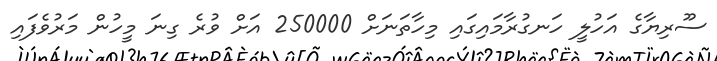
ސޫރިޔާގެ އަހުލީ ހަނގުރާމައިގައި މިހާތަނަށް 250000 އަށް ވުރެ ގިނަ މީހުން މަރުވެފައި